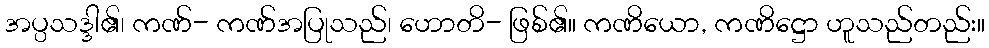
အပ္ပသဒ္ဒါ၏၊ ကဏ်- ကဏ်အပြုသည်၊ ဟောတိ- ဖြစ်၏။ ကဏိယော, ကဏိဋ္ဌော ဟူသည်တည်း။